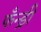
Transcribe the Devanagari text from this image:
फँन्ड्री